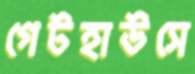
গেটহাউসে